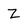
Character: Z